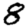
Digit: 8